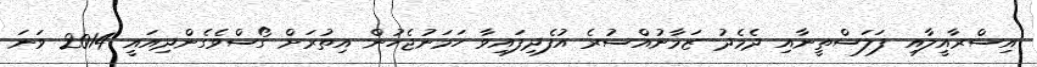
އިސްރާއީލާއި ފަލަސްތީނާއި ދެމެދު ޒަމާނުއްސުރެ އުފެދިފައިވާ ހަމަނުޖެހުން އިތުރަށް ގޯސްވެގެންދިއައީ 2014 ވަނަ